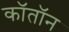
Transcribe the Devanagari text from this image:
कॉतॉन